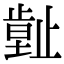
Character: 𣦙